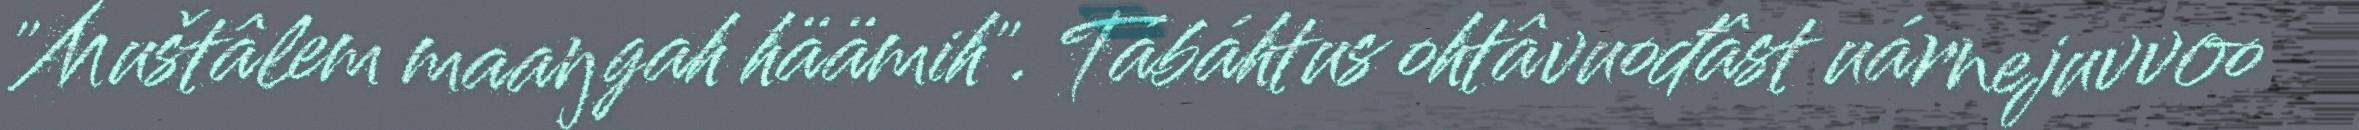
"Muštâlem maaŋgah häämih". Tábáhtus ohtâvuođâst uárnejuvvoo